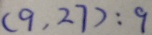
( 9 , 2 7 ) : 9